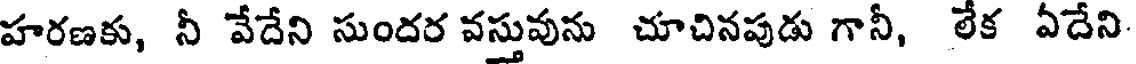
హరణకు, నీ వేదేని సుందర వస్తువును చూచినపుడు గానీ, లేక ఏదేని